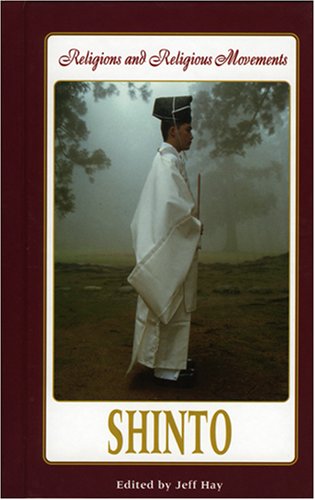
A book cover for Shinto (Religions and Religious Movements); Jeff Hay; Teen & Young Adult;